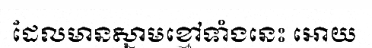
ដែលមានស្នាមខ្មៅទាំងនេះ អោយ